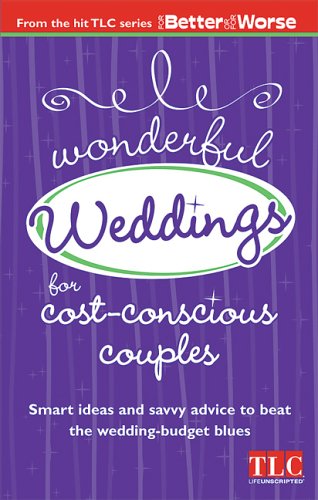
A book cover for Wonderful Weddings for Cost Conscious Couples; Crafts, Hobbies & Home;